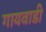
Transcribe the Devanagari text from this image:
गायवाडी